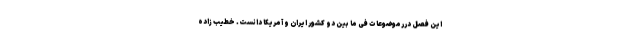
این فصل دررموضوعات فی ما بین دو کشور ایران و آمریکا دانست. خطیب زاده